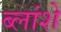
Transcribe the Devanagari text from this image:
ब्लांशे